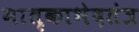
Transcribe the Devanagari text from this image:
मातृकाभेदतंत्र